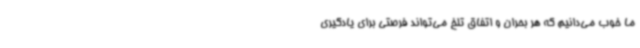
ما خوب می‌دانیم که هر بحران و اتفاق تلخ می‌تواند فرصتی برای یادگیری